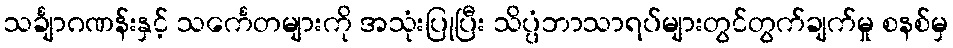
သင်္ချာဂဏန်းနှင့် သင်္ကေတများကို အသုံးပြုပြီး သိပ္ပံဘာသာရပ်များတွင်တွက်ချက်မှု စနစ်မှ